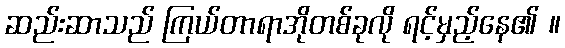
ဆည်းဆာသည် ကြယ်တာရာအိုတစ်ခုလို ရင့်မှည့်နေ၏ ။